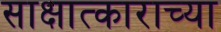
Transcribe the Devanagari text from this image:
साक्षात्काराच्या